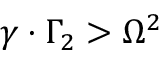
\gamma \cdot \Gamma _ { 2 } > \Omega ^ { 2 }